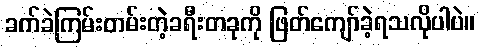
ခက်ခဲကြမ်းတမ်းတဲ့ခရီးတခုကို ဖြတ်ကျော်ခဲ့ရသလိုပါပဲ။